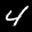
Label: 4